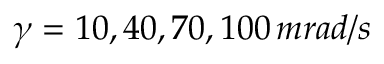
\gamma = 1 0 , 4 0 , 7 0 , 1 0 0 \, m r a d / s